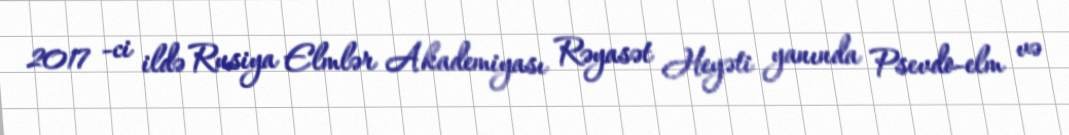
2017 -ci ildə Rusiya Elmlər Akademiyası Rəyasət Heyəti yanında Psevdo-elm və